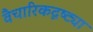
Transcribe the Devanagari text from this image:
वैचारिकदृष्‍ट्या